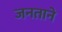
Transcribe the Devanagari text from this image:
जनताने